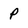
Character: p